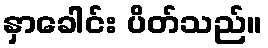
နှာခေါင်း ပိတ်သည်။